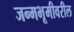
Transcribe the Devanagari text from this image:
जन्मभूमीवरील